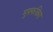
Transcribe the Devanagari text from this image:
मुफ्फकिरा